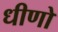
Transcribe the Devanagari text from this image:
धीणो